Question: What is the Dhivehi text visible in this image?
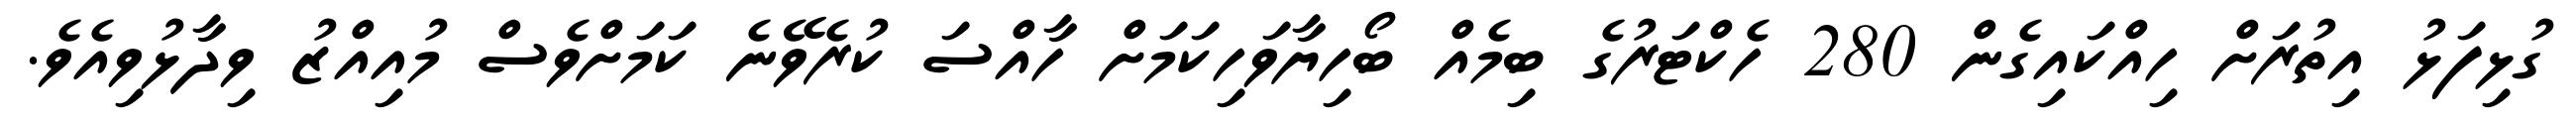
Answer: ގުޅިފަޅު އިތުރަށް ހިއްކައިގެން 280 ހެކްޓަރުގެ ބިމެއް ބޯހިޔާވަހިކަމަށް ހާއްސަ ކުރެވޭނެ ކަމަށްވެސް މުއިއްޒު ވިދާޅުވިއެވެ.